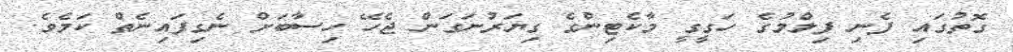
ގޮތުގައި ފެނި ފިލްމުގެ ހަގީގީ މާކެޓިންގެ ގިޔަރުނަގަން ޖެހޭ ހިސާބަށް ނެގިފައިނެތް ކަމެވެ.